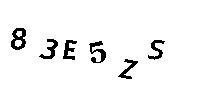
83E5ZS